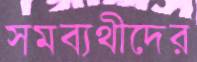
সমব্যথীদের